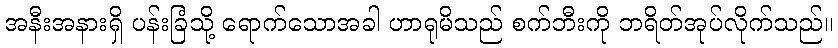
အနီးအနားရှိ ပန်းခြံသို့ ရောက်သောအခါ ဟာရုမိသည် စက်ဘီးကို ဘရိတ်အုပ်လိုက်သည်။